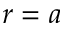
r = a